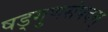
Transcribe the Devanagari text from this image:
षड्गुणसंपदम्‌